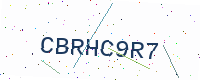
Text: CBRHC9R7